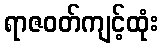
ရာဇဝတ်ကျင့်ထုံး